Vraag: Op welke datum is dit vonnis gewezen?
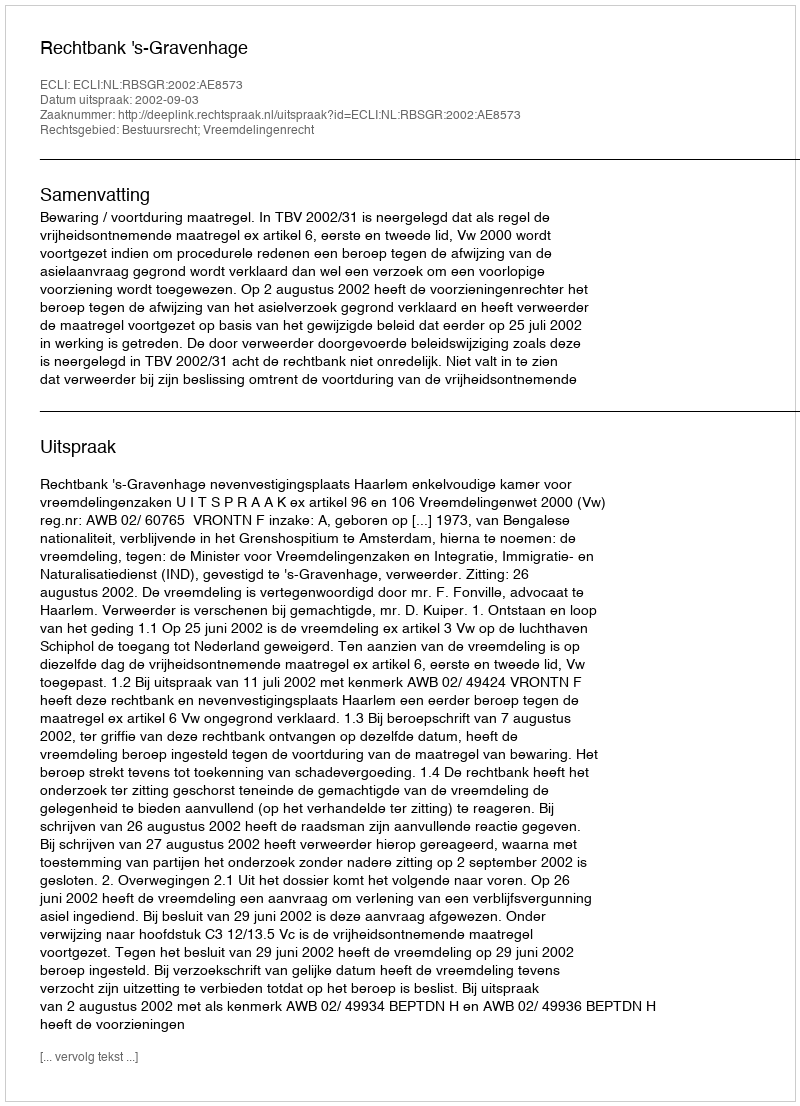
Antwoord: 2002-09-03